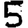
Digit: 5